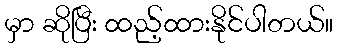
မှာ ဆိုပြီး ထည့်ထားနိုင်ပါတယ်။